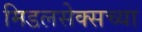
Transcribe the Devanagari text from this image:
मिडलसेक्सच्या